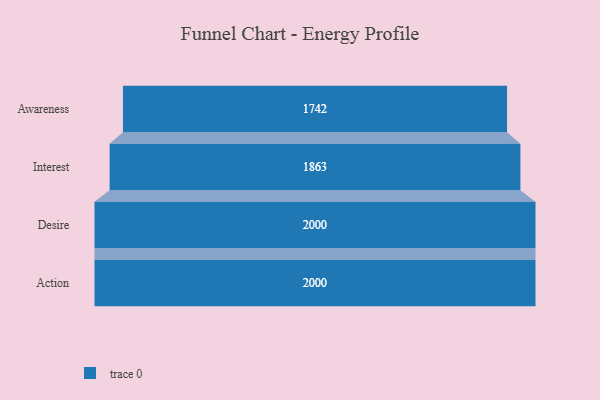
{"axis": {"x": "Stage", "y": "Value"}, "legend": [""], "data": [{"x": "Awareness", "y": 1742.0, "type": ""}, {"x": "Interest", "y": 1863.0, "type": ""}, {"x": "Desire", "y": 2000, "type": ""}, {"x": "Action", "y": 2000, "type": ""}]}